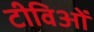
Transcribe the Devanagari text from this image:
टीविओं